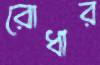
রোধার